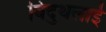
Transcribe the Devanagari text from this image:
विदुथलाई